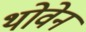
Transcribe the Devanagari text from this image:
थोवेन